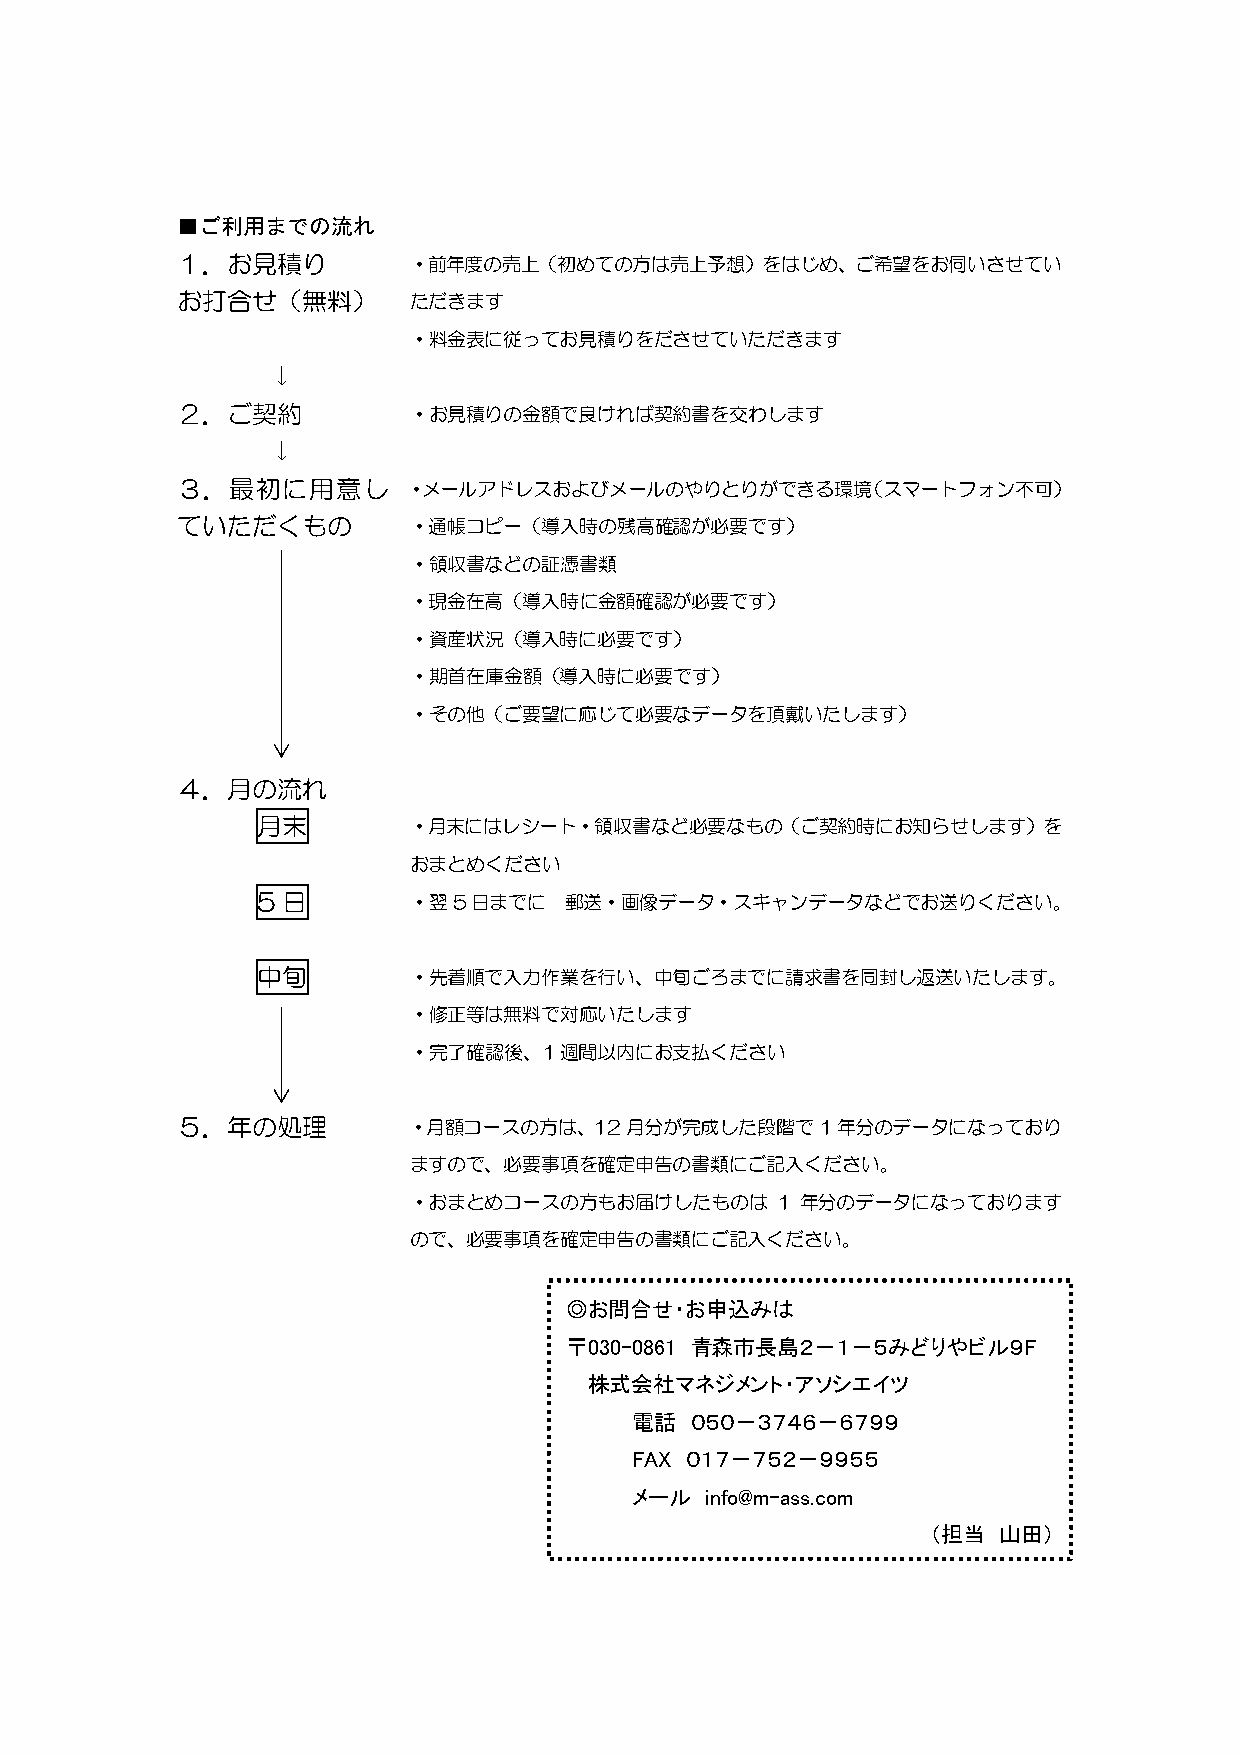
■ご利用までの流れ
 １．お見積り         ・前年度の売上（初めての方は売上予想）をはじめ、ご希望をお伺いさせてい
 お打合せ（無料）       ただきます
 ・料金表に従ってお見積りをださせていただきます
 ↓
 ２．ご契約          ・お見積りの金額で良ければ契約書を交わします
 ↓
 ３．最初に用意し       ・メールアドレスおよびメールのやりとりができる環境（スマートフォン不可）
 ていただくもの        ・通帳コピー（導入時の残高確認が必要です）
 ・領収書などの証憑書類
 ・現金在高（導入時に金額確認が必要です）
 ・資産状況（導入時に必要です）
 ・期首在庫金額（導入時に必要です）
 ・その他（ご要望に応じて必要なデータを頂戴いたします）
 ４．月の流れ
 月末        ・月末にはレシート・領収書など必要なもの（ご契約時にお知らせします）を
 おまとめください
 5日        ・翌5日までに   郵送・画像データ・スキャンデータなどでお送りください。
 中旬        ・先着順で入力作業を行い、中旬ごろまでに請求書を同封し返送いたします。
 ・修正等は無料で対応いたします
 ・完了確認後、1週間以内にお支払ください
 ５．年の処理         ・月額コースの方は、12月分が完成した段階で1年分のデータになっており
 ますので、必要事項を確定申告の書類にご記入ください。
 ・おまとめコースの方もお届けしたものは     1 年分のデータになっております
 ので、必要事項を確定申告の書類にご記入ください。
 ◎お問合せ・お申込みは
 〒030-0861 青森市長島２－１－５みどりやビル９F
 株式会社マネジメント・アソシエイツ
 電話  ０５０－３７４６－６７９９
 FAX ０１７－７５２－９９５５
 メール  info@m-ass.com
 （担当 山田）